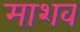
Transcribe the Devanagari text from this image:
माशव